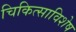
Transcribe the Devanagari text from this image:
चिकित्साविशेष